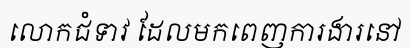
លោកជំទាវ ដែលមកពេញការងារនៅ